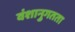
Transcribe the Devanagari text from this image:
वंशानुगतता